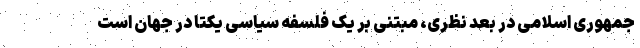
جمهوری اسلامی در بعد نظری، مبتنی بر یک فلسفه سیاسی یکتا در جهان است